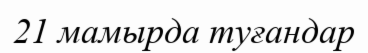
21 мамырда туғандар